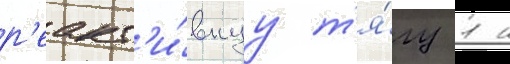
р'еакт'и́внуу т'я́гу 1 н